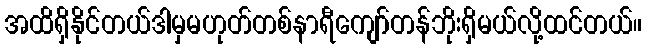
အထိရှိနိုင်တယ်ဒါမှမဟုတ်တစ်နာရီကျော်တန်ဘိုးရှိမယ်လို့ထင်တယ်။